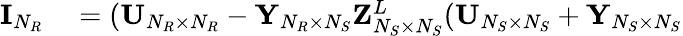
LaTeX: \begin{array}{rl}{{\mathbf{I}}_{N_{R}}}&{{}=({\mathbf{U}}_{N_{R}\times N_{R}}-{\mathbf{Y}}_{N_{R}\times N_{S}}{\mathbf{Z}}_{N_{S}\times N_{S}}^{L}({\mathbf{U}}_{N_{S}\times N_{S}}+{\mathbf{Y}}_{N_{S}\times N_{S}}}\end{array}